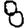
Digit: 8